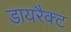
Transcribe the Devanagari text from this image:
डायरैक्ट